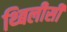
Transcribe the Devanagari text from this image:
थ्बिलीसी